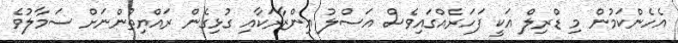
އެހެންކަމުން މި ޑްރިލް އަކީ ފަހަރެއްގައިވެސް އަސްލު އިންޒާރަކާއި ގުޅިގެން ރައްޔިތުންނަށް ސަމާލުވެ